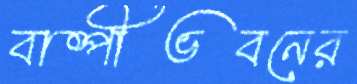
বাষ্পীভবনের